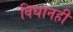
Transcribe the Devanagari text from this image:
विधानही